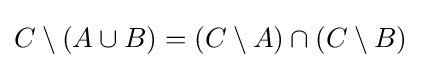
C\setminus (A\cup B)=(C\setminus A)\cap (C\setminus B)